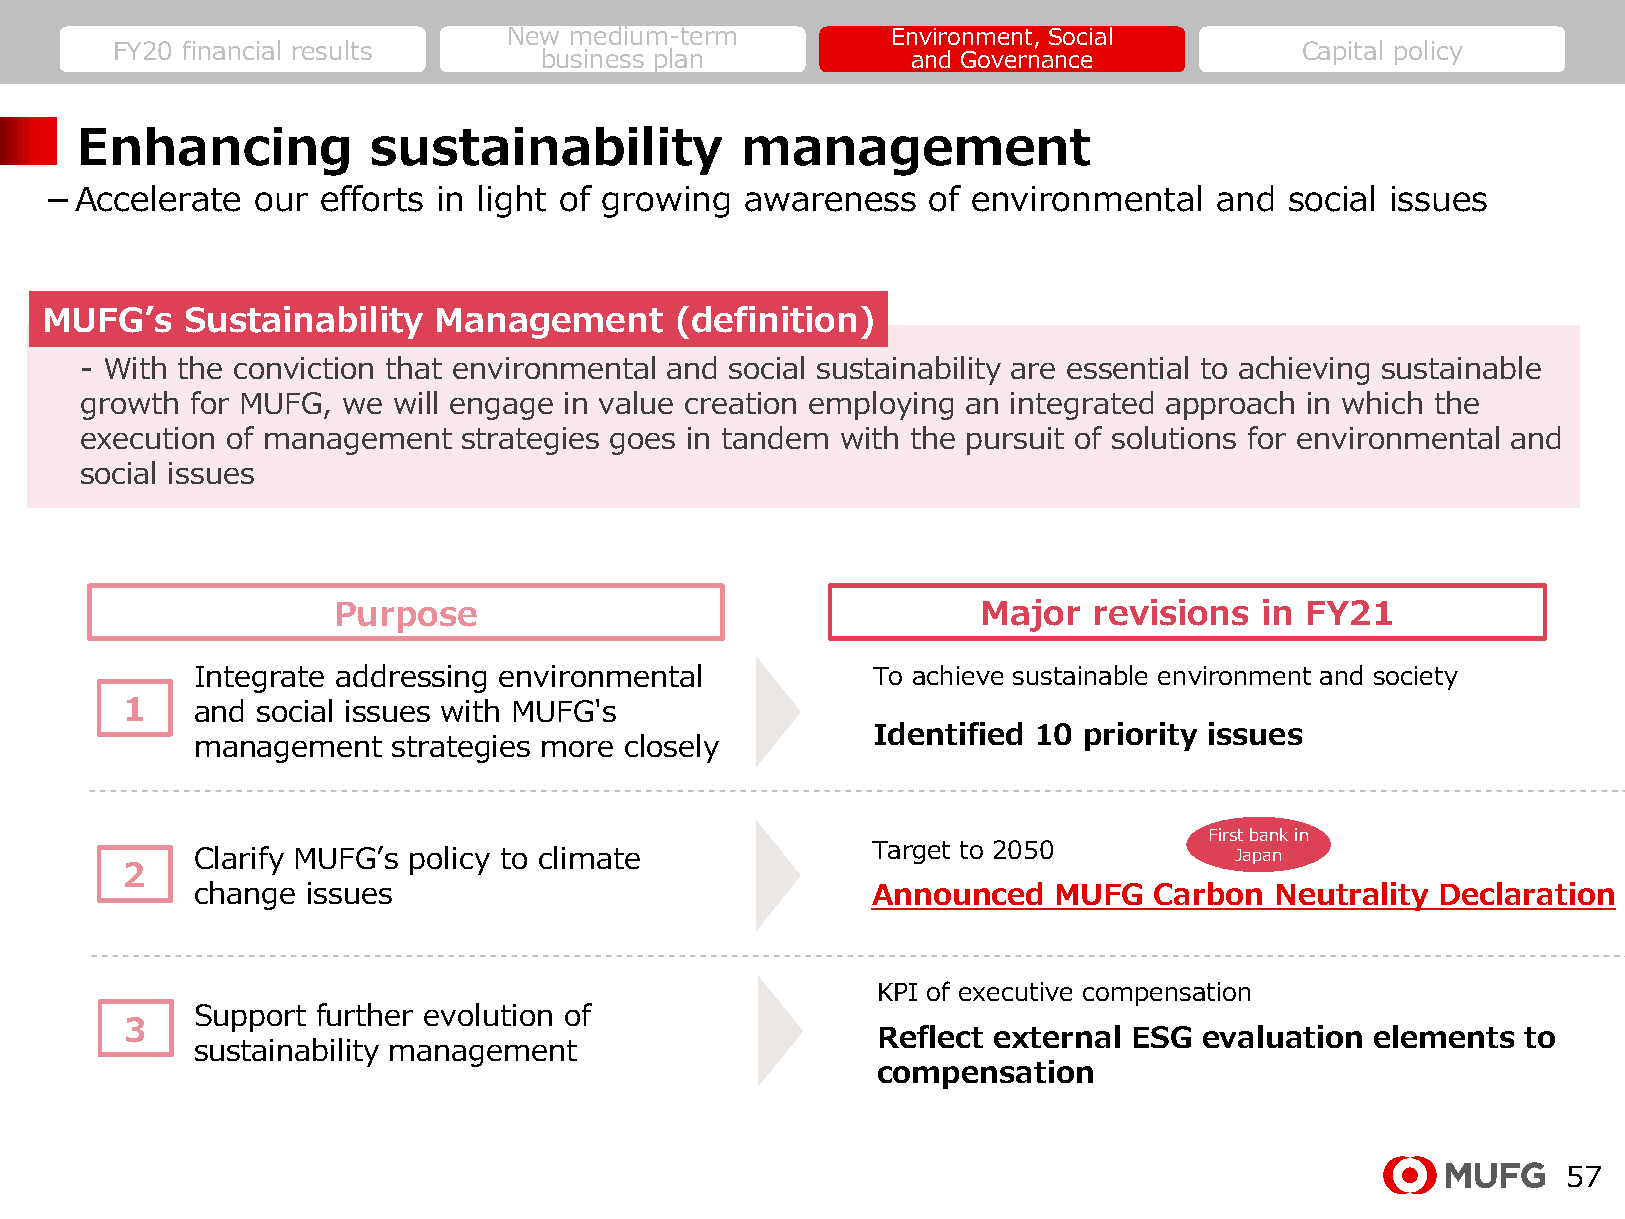
New medium-term          Environment, Social
 FY20 financial results                                                         Capital policy
 business plan           and Governance
 Enhancing          sustainability           management
 －Accelerate   our efforts in light of growing awareness    of environmental   and social issues
 MUFG’s   Sustainability   Management      (definition)
 - With the conviction that environmental and social sustainability are essential to achieving sustainable
 growth  for MUFG, we will engage in value creation employing an integrated approach in which the
 execution of management   strategies goes in tandem with the pursuit of solutions for environmental and
 social issues
 Purpose                                    Major  revisions   in FY21
 Integrate addressing environmental           To achieve sustainable environment and society
 1    and social issues with MUFG's
 Identified 10 priority issues
 management   strategies more closely
 First bank in
 Target to 2050
 Clarify MUFG’s policy to climate                                     Japan
 2
 change issues                                Announced   MUFG  Carbon  Neutrality Declaration
 KPI of executive compensation
 Support further evolution of
 3
 Reflect external ESG  evaluation elements  to
 sustainability management
 compensation
 57